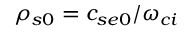
\rho _ { s 0 } = c _ { s e 0 } / \omega _ { c i }